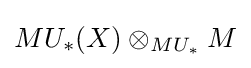
MU_{*}(X)\otimes _{MU_{*}}M